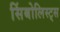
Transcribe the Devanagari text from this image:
सिंबोलिस्ट्स